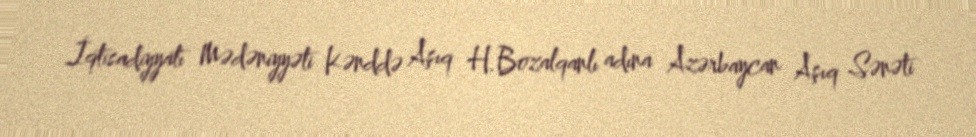
İqtisadiyyatı Mədəniyyəti Kənddə Aşıq H.Bozalqanlı adına Azərbaycan Aşıq Sənəti